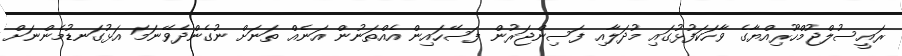
ރައީސުލްޖުމްހޫރިއްޔާގެ ވާހަކަފުޅުގައި މުދަލާއި ފަސިންޖަރުން ފަސޭހައިން އެއްތަނުން އަނެއް ތަނަށް ނުގެންދެވޭނަމަ އަޅުގަނޑުމެންނަށް